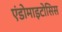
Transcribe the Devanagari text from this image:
एंडोमाइटोसिस